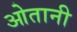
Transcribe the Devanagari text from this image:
ओतानी